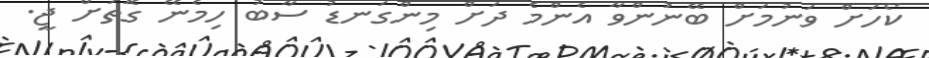
ކޯހަށް ވަނުމަށް ބޭނުންވާ އެންމެ ދަށް މިންގަނޑު ސާބު ހިމެނޭ ގޮތަށް ޖީ.